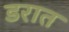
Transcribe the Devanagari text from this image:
डरात